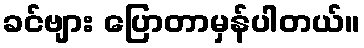
ခင်ဗျား ပြောတာမှန်ပါတယ်။